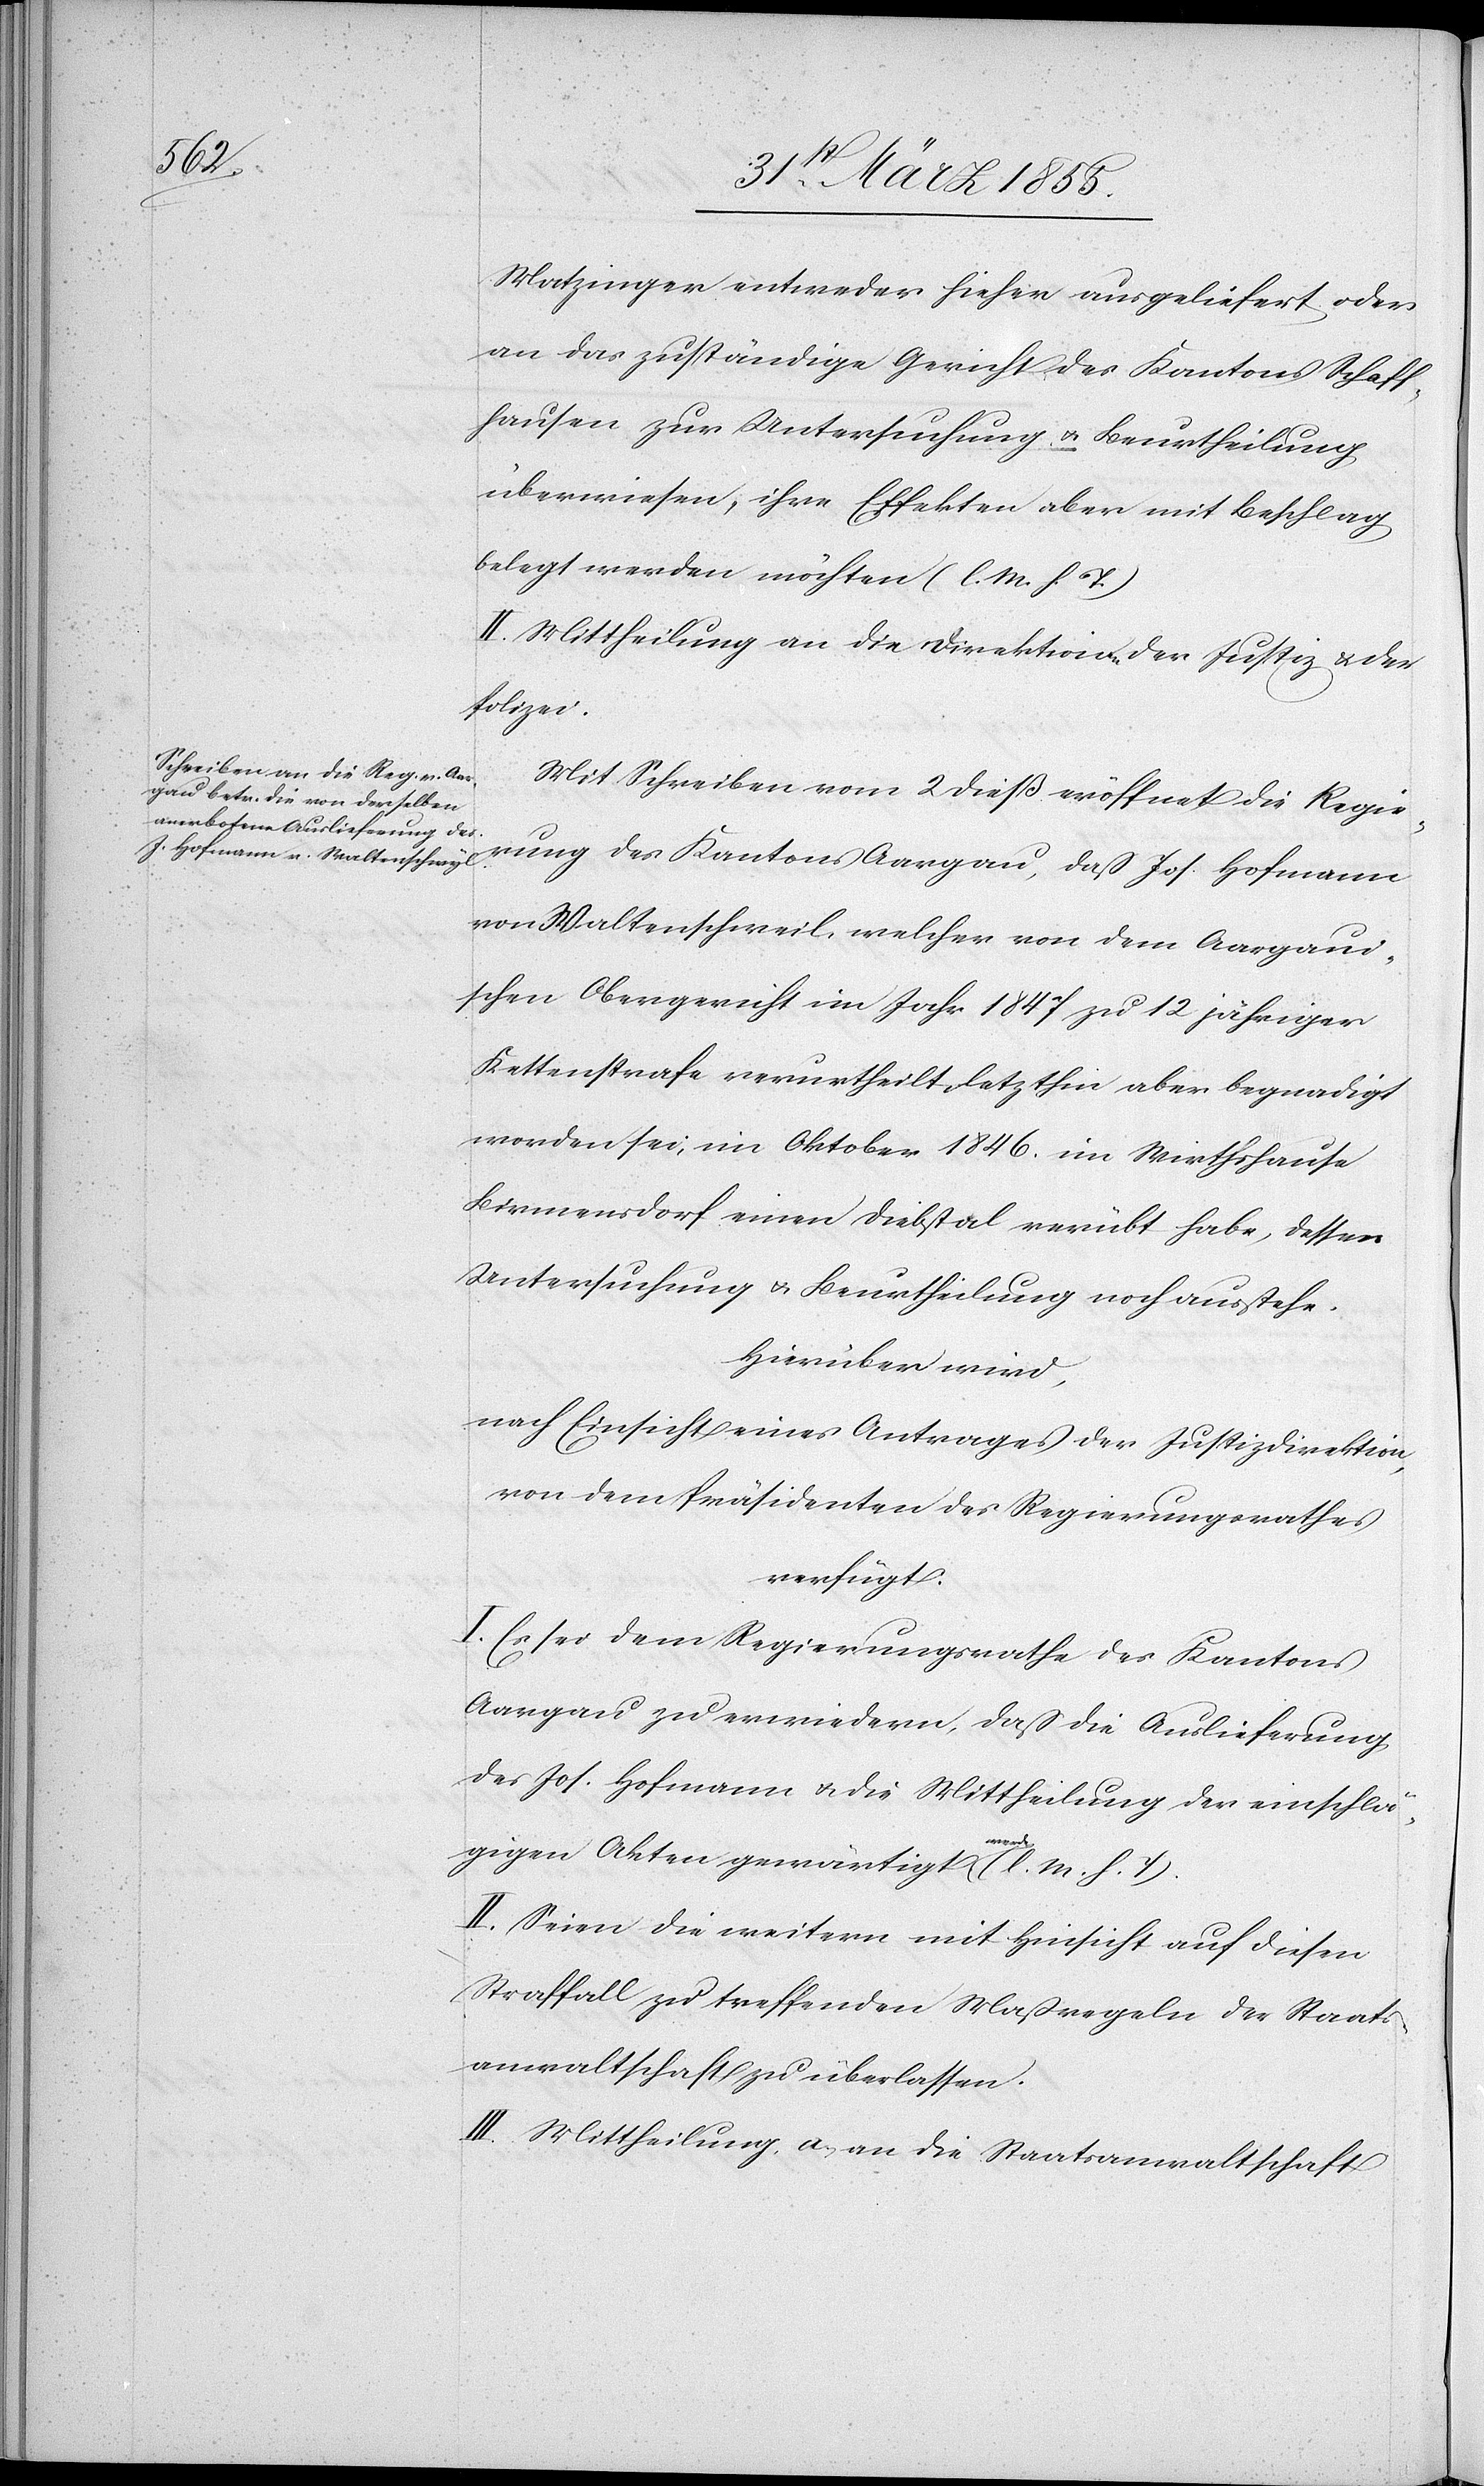
3t. April 1855.]
Matzinger entweder hieher ausgeliefert oder
an das zuständige Gericht des Kantons Schaff¬
hausen zur Untersuchung & Beurtheilung
überwiesen, ihre Effekten aber mit Beschlag
belegt werden möchten (l. M. h. T.)
II. Mittheilung an die Direktionen der Justiz & der
Polizei.
Mit Schreiben vom 2 dieß eröffnet die Regie¬
rung des Kantons Aargau, daß Jos. Hofmann
von Waltenschweil, welcher von dem Aargaui¬
schen Obergericht im Jahr 1847 zu 12 jähriger
Kettenstrafe verurtheilt, letzthin aber begnadigt
worden sei, im Oktober 1846. im Wirthshause
Birmensdorf einen Diebstal verübt habe, dessen
Untersuchung & Beurtheilung noch ausstehe.
Hierüber wird,
nach Einsicht eines Antrages der Justizdirektion,
von dem Präsidenten des Regierungsrathes
verfügt:
I. Es sei dem Regierungsrathe des Kantons
Aargau zu erwiedern, daß die Auslieferung
des Jos. Hofmann & die Mittheilung der einschlä¬
gigen Akten gewärtigt werde (l. M. h. T).
II. Seien die weitern mit Hinsicht auf diesen
Straffall zu treffenden Maßregeln der Staats¬
anwaltschaft zu überlassen.
III. Mittheilung, a, an die Staatsanwaltschaft